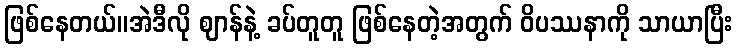
ဖြစ်နေတယ်။အဲဒီလို ဈာန်နဲ့ ခပ်တူတူ ဖြစ်နေတဲ့အတွက် ဝိပဿနာကို သာယာပြီး